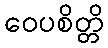
ဝေပစိတ္တိ